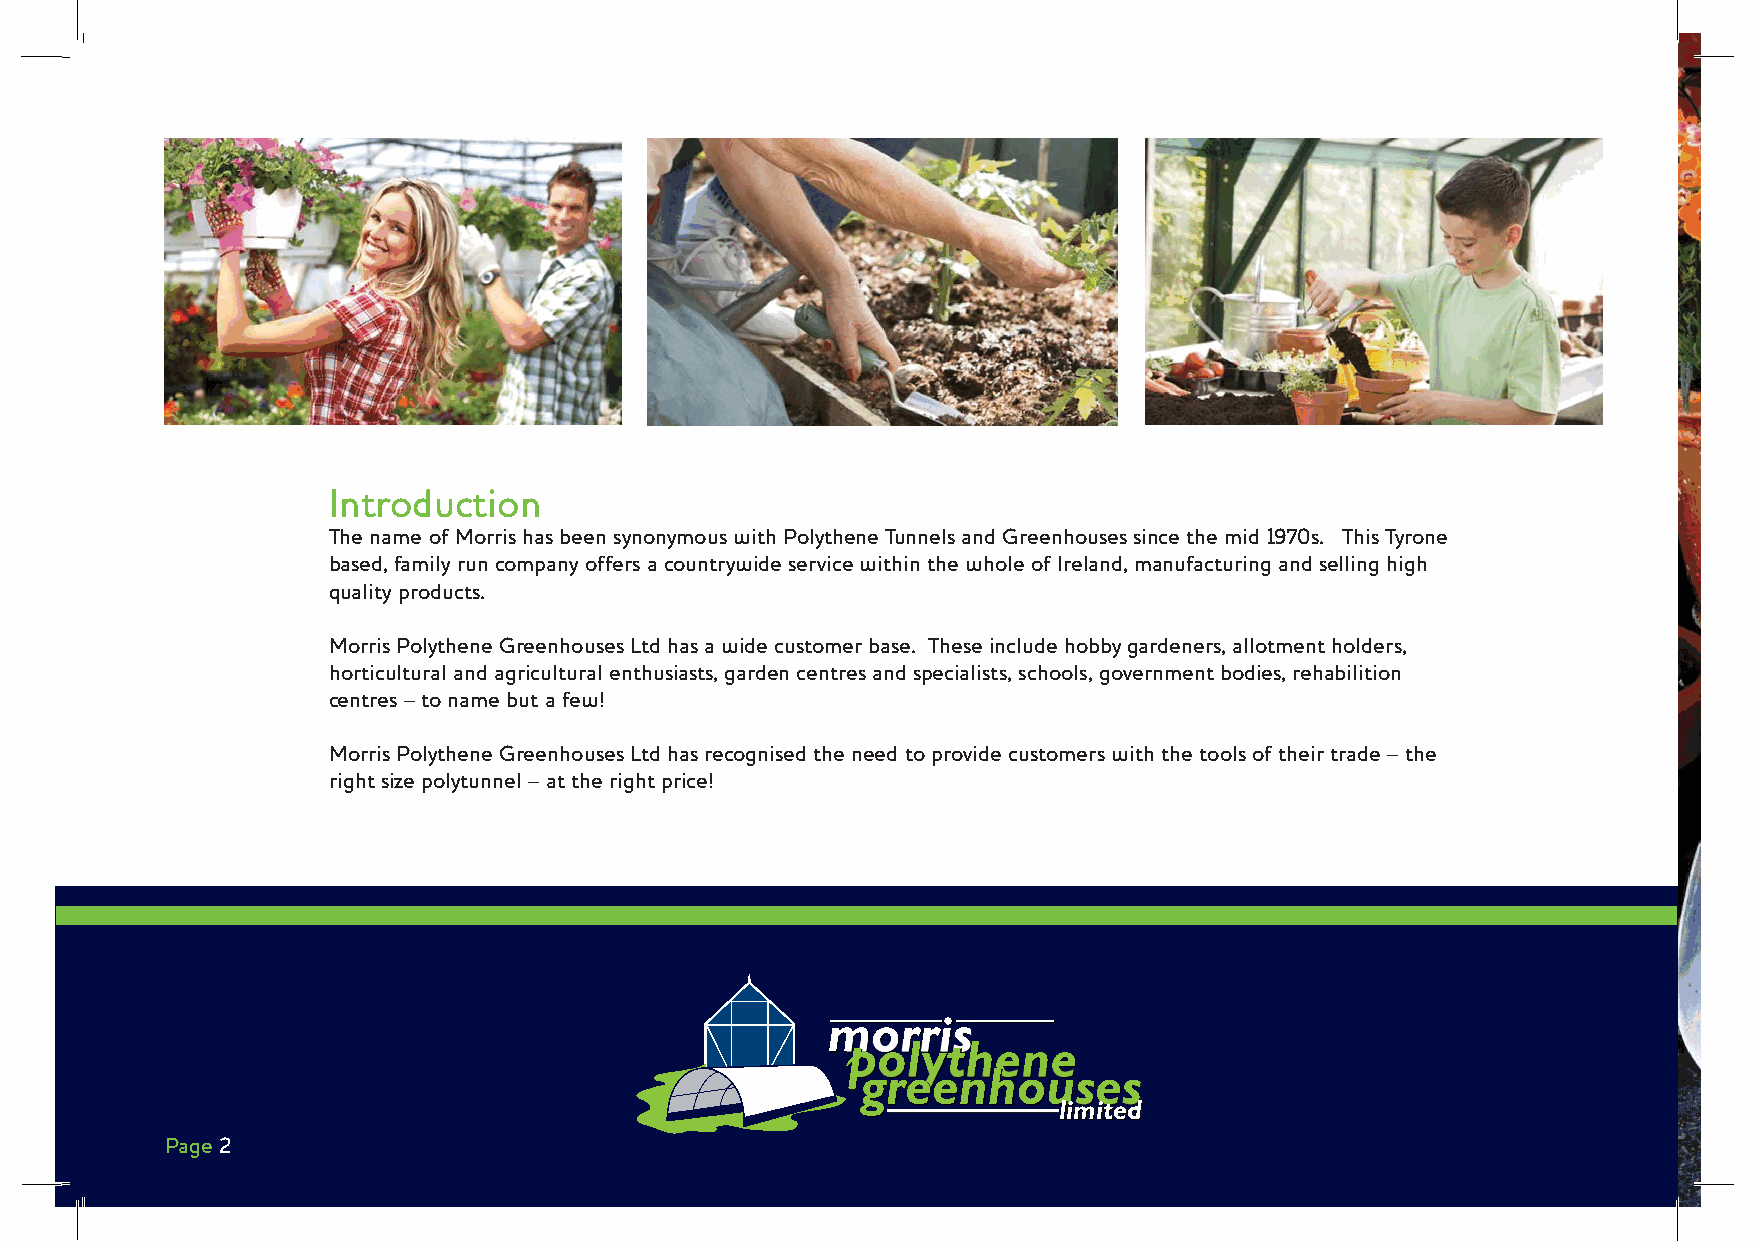
Introduction
 The name of Morris has been synonymous with Polythene Tunnels and Greenhouses since the mid 1970s. This Tyrone
 based, family run company offers a countrywide service within the whole of Ireland, manufacturing and selling high
 quality products.
 Morris Polythene Greenhouses Ltd has a wide customer base. These include hobby gardeners, allotment holders,
 horticultural and agricultural enthusiasts, garden centres and specialists, schools, government bodies, rehabilition
 centres – to name but a few!
 Morris Polythene Greenhouses Ltd has recognised the need to provide customers with the tools of their trade – the
 right size polytunnel – at the right price!
 mmmmmmmmmmmooooooooooorrrrrrrrrrrrrrrrrrrrrriiiiiiiiiiiisssssssssss
 ppppppppppoooooooollllllllyyyyyyyyyyttttttttthhhhhhhhheeeeeeeeennnnnnnneeeeeeeee
 gggrrreeeeeennnhhhooouuuuuuuuussssssssseeeeeeeeessssssss
 lliimmiitteedd
 Page 2